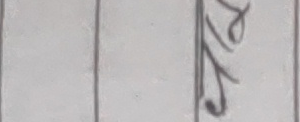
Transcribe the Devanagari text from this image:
२६